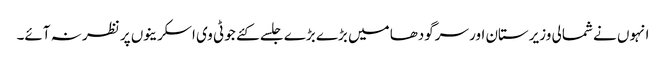
انہوں نے شمالی وزیرستان اور سرگودھا میں بڑے بڑے جلسے کئے جو ٹی وی اسکرینوں پر نظر نہ آئے۔